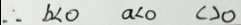
\therefore b < 0 a < 0 c > 0